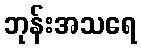
ဘုန်းအသရေ